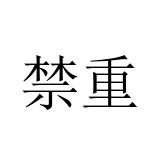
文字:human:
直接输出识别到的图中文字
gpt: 禁重